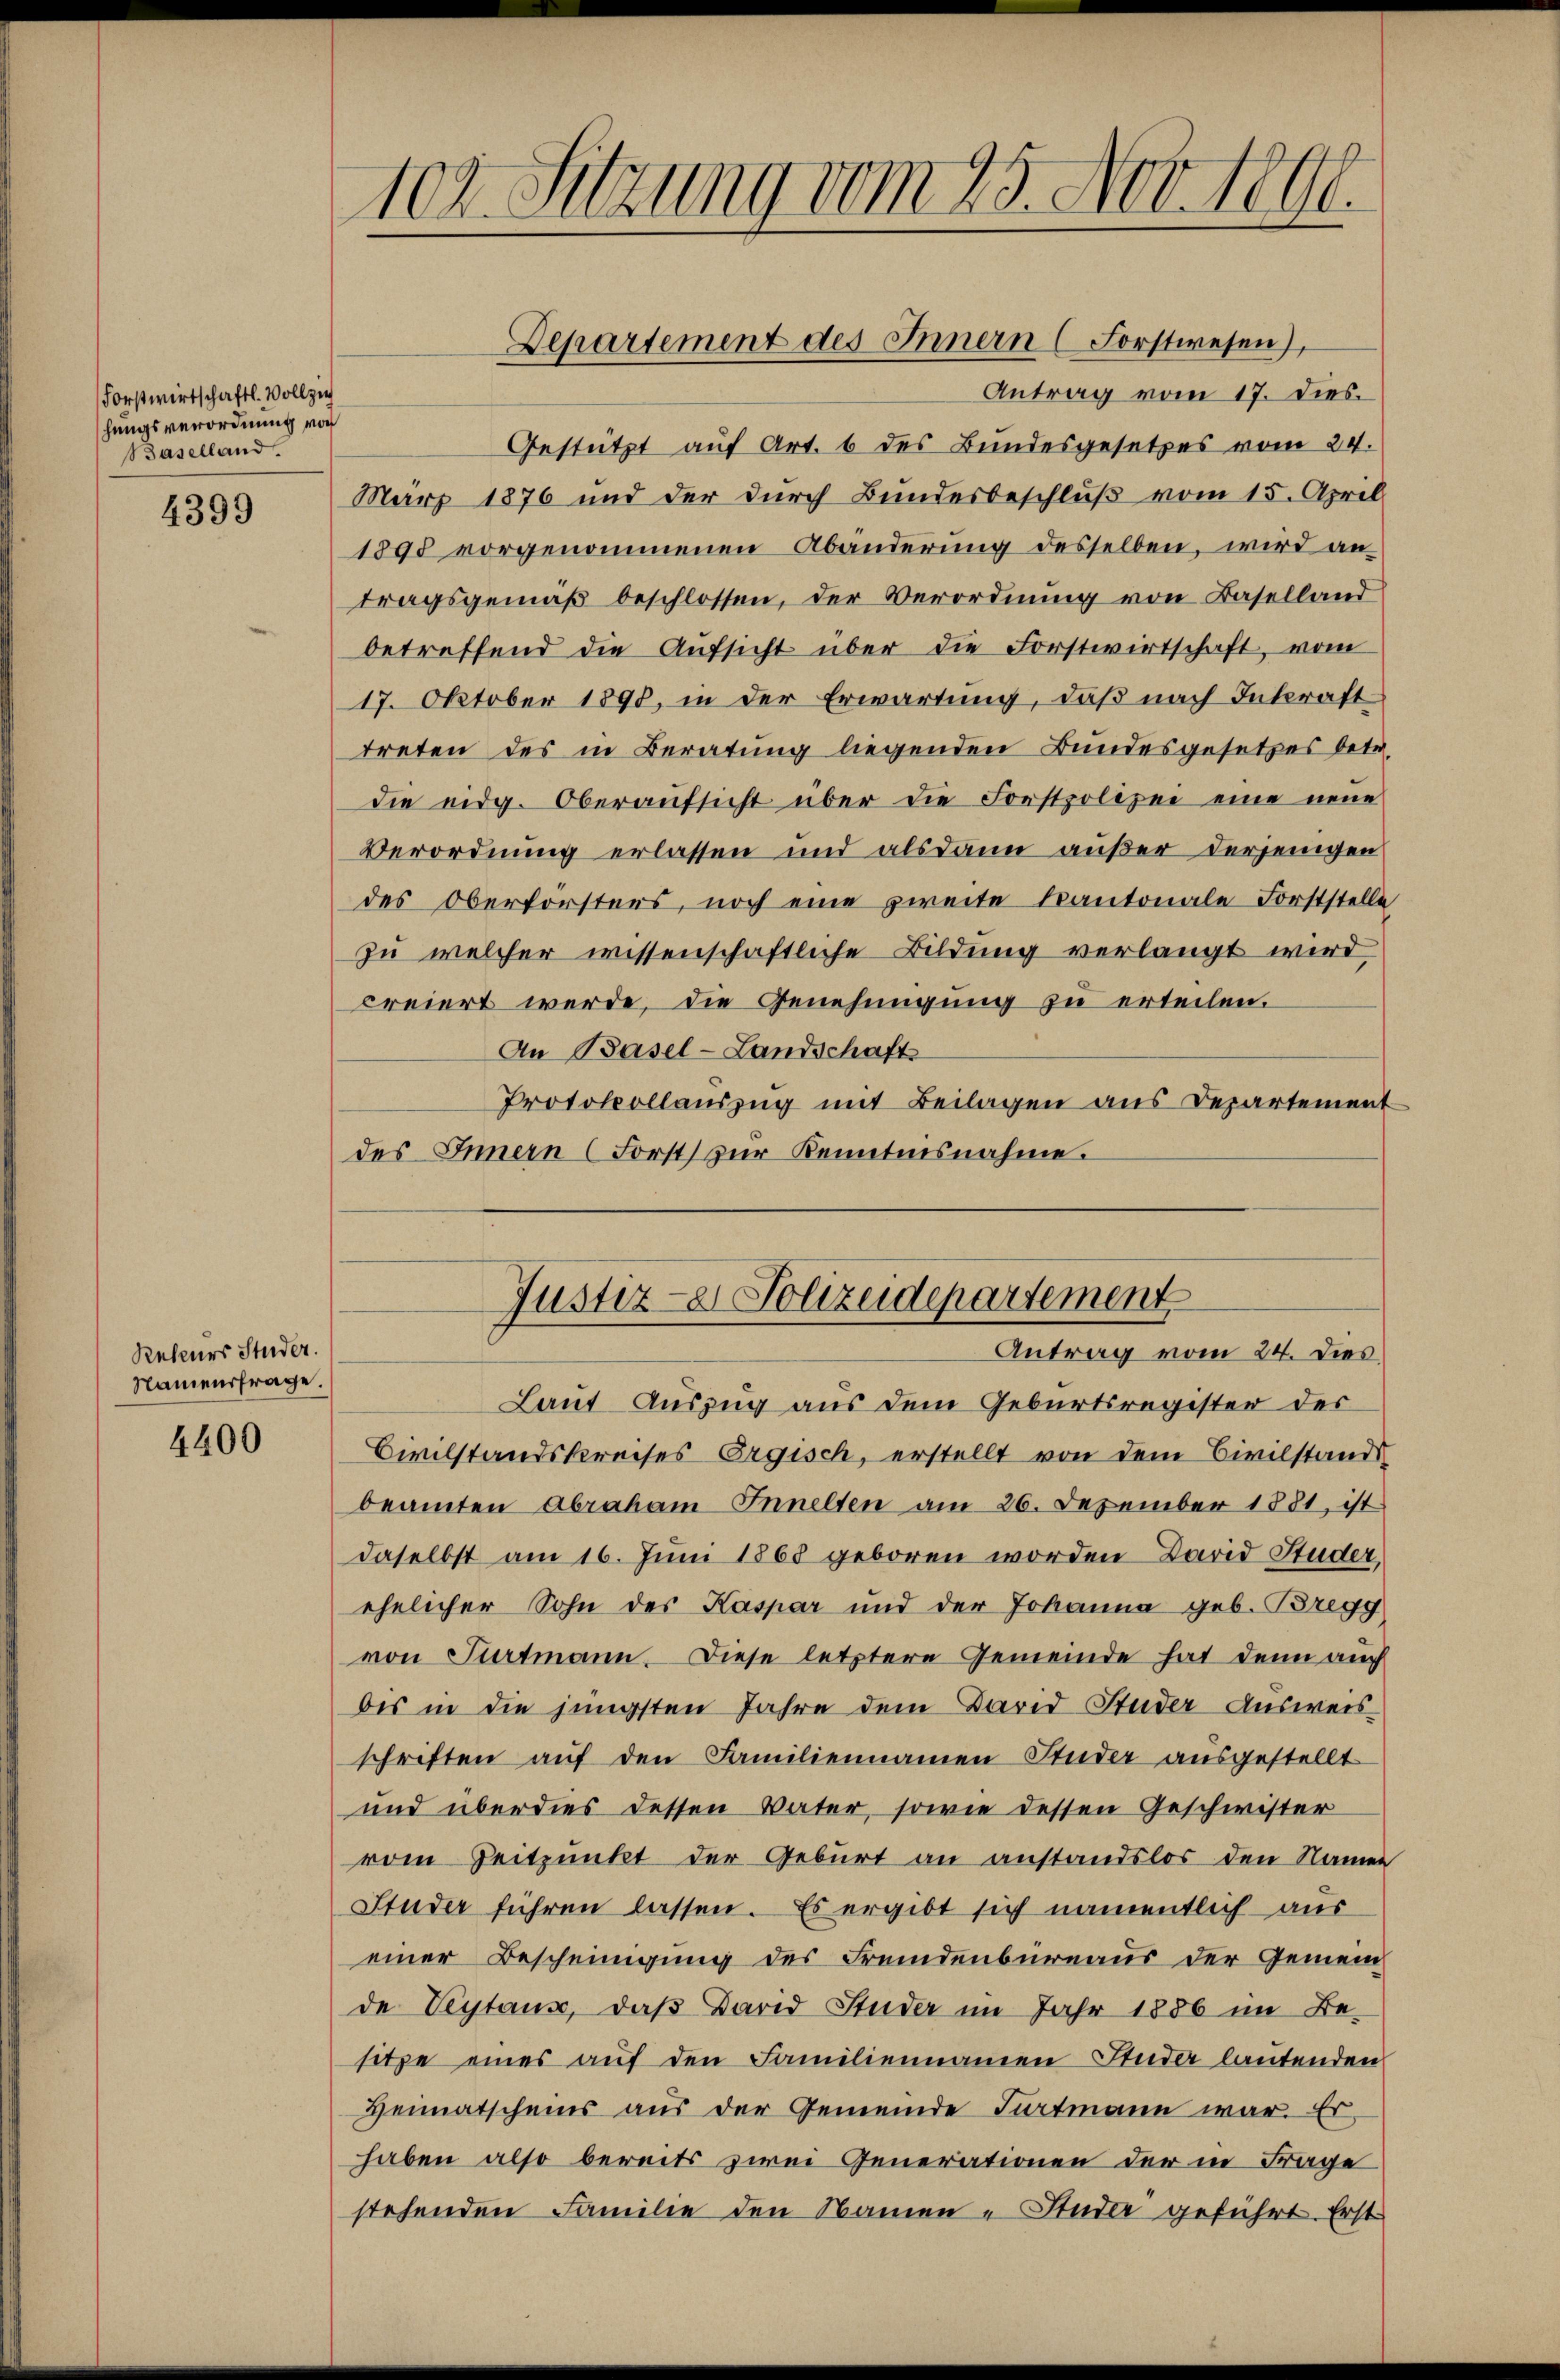
Forstwirtschaftl. Vollzieh
hungsverordnung von
Baselland.

4399

Reteurs Studer.
Namensfrage.

4400

102. Sitzung vom 25. Nov. 1890.

Antrag vom 17. Dies
Gestützt auf Art. 6 des Bundesgesetzes vom 24.
März 1876 und der durch Bundesbeschluß vom 15. April
1895 vorgenommenen Abänderung desselben, wird an-
tragsgemäβ beschlossen, der Verordnŭng von Baselland
betreffend die Aŭfsicht über die Forstwirtschaft, vom
17. Oktober 1898, in der Erwartung, daß nach Inkraft
treten des in Beratung liegenden Bundesgesetzes betr.
die eidg. Oberaŭfsicht über die Forstpolizei eine neue
Verordnung erlassen und alsdann außer derjenigen
des Oberförsters, noch eine zweite Kantonale Forststelle
zu welcher wissenschaftliche Bildung verlangt wird,
creiert werde, die Genehmigung zu erteilen.
An Basel-Landschaft
Protokollauszug mit Beilagen aus Departement
des Innern (Forst zŭr Kenntnisnahme.

Departement des Innern (Forstwesen),

Justiz- & Polizeidepartement
Antrag vom 24. dies

Laut Auszug aus dem Geburtsregister des
Civilstandskreises Ergisch, erstellt von dem Civilstands
beamten Abraham Innelten am 26. Dezember 1881, ist
daselbst am 16. Juni 1868 geboren worden David Studer,
ehelicher Sohn des Kaspar und der Johanna geb. Bregg
von Partmann. Diese letztere Gemeinde hat denn auch
bis in die jüngsten Jahre dem David Studer Ausweis
schriften aŭf den Familiennamen Studer ausgestellt
und überdies dessen Vater, sowie dessen Geschwister
vom Zeitpunkt der Geburt an anstandslos den Namen
Studer führen lassen. Es ergibt sich namentlich aus
einer Bescheinigung des Fremdenbüreaus der Gemeinde Veytaus, daß David Studer im Jahr 1886 im Besitze eines aŭf den Familiennamen Studer lautenden
Heimatscheins aus der Gemeinde Fartmann war. Er
haben also bereits zwei Generationen der in Frage
stehenden Familie den Namen „Studer geführt. Erst